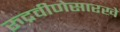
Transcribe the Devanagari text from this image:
रुद्रवीणेसारखे